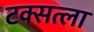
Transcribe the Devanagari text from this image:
टक्सत्ला